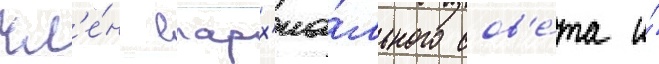
чл'е́н епарх'иа́льного сов'е́та и́